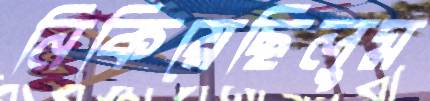
নিকিয়েছিলুম